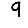
Digit: 9